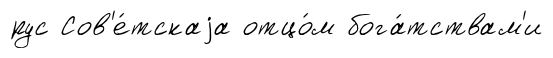
рус Сов'е́тскаjа отцо́м бога́тствам'и